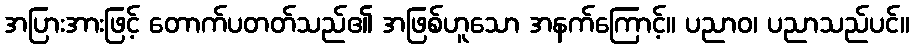
အပြားအားဖြင့် တောက်ပတတ်သည်၏ အဖြစ်ဟူသော အနက်ကြောင့်။ ပညာဝ၊ ပညာသည်ပင်။